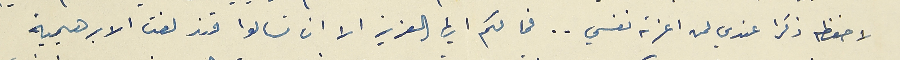
لاحفظه ذكرا عندي لمن اعزته نفسي .. فما لكم ايها العزيز الا ان تسالوا قندلفت الابرهيمية